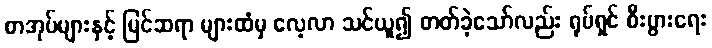
စာအုပ်များနှင့် မြင်ဆရာ များထံမှ လေ့လာ သင်ယူ၍ တတ်ခဲ့သော်လည်း ရုပ်ရှင် စီးပွားရေး